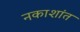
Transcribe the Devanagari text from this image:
नकाशांत